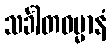
သင်္ခါတဓမ္မာနံ